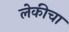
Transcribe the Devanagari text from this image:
लेकीचा